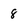
Character: 8